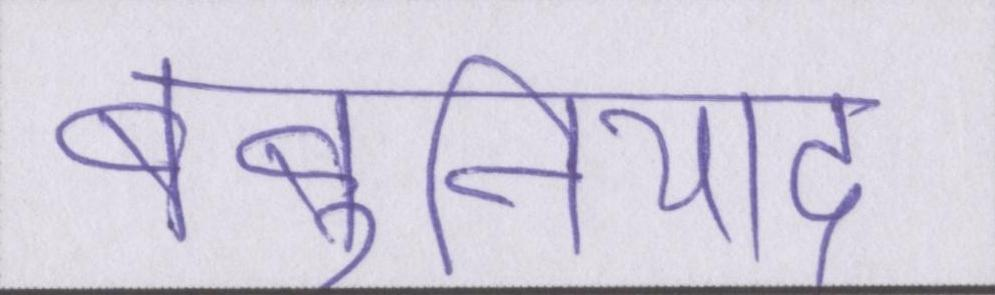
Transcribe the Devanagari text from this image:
बेबुनियाद